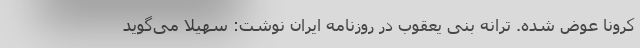
کرونا عوض شده. ترانه بنی یعقوب در روزنامه ایران نوشت: سهیلا می‌گوید